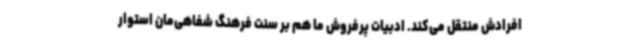
افرادش منتقل می‌کند. ادبیات پرفروش ما هم بر سنت فرهنگ شفاهی‌مان استوار